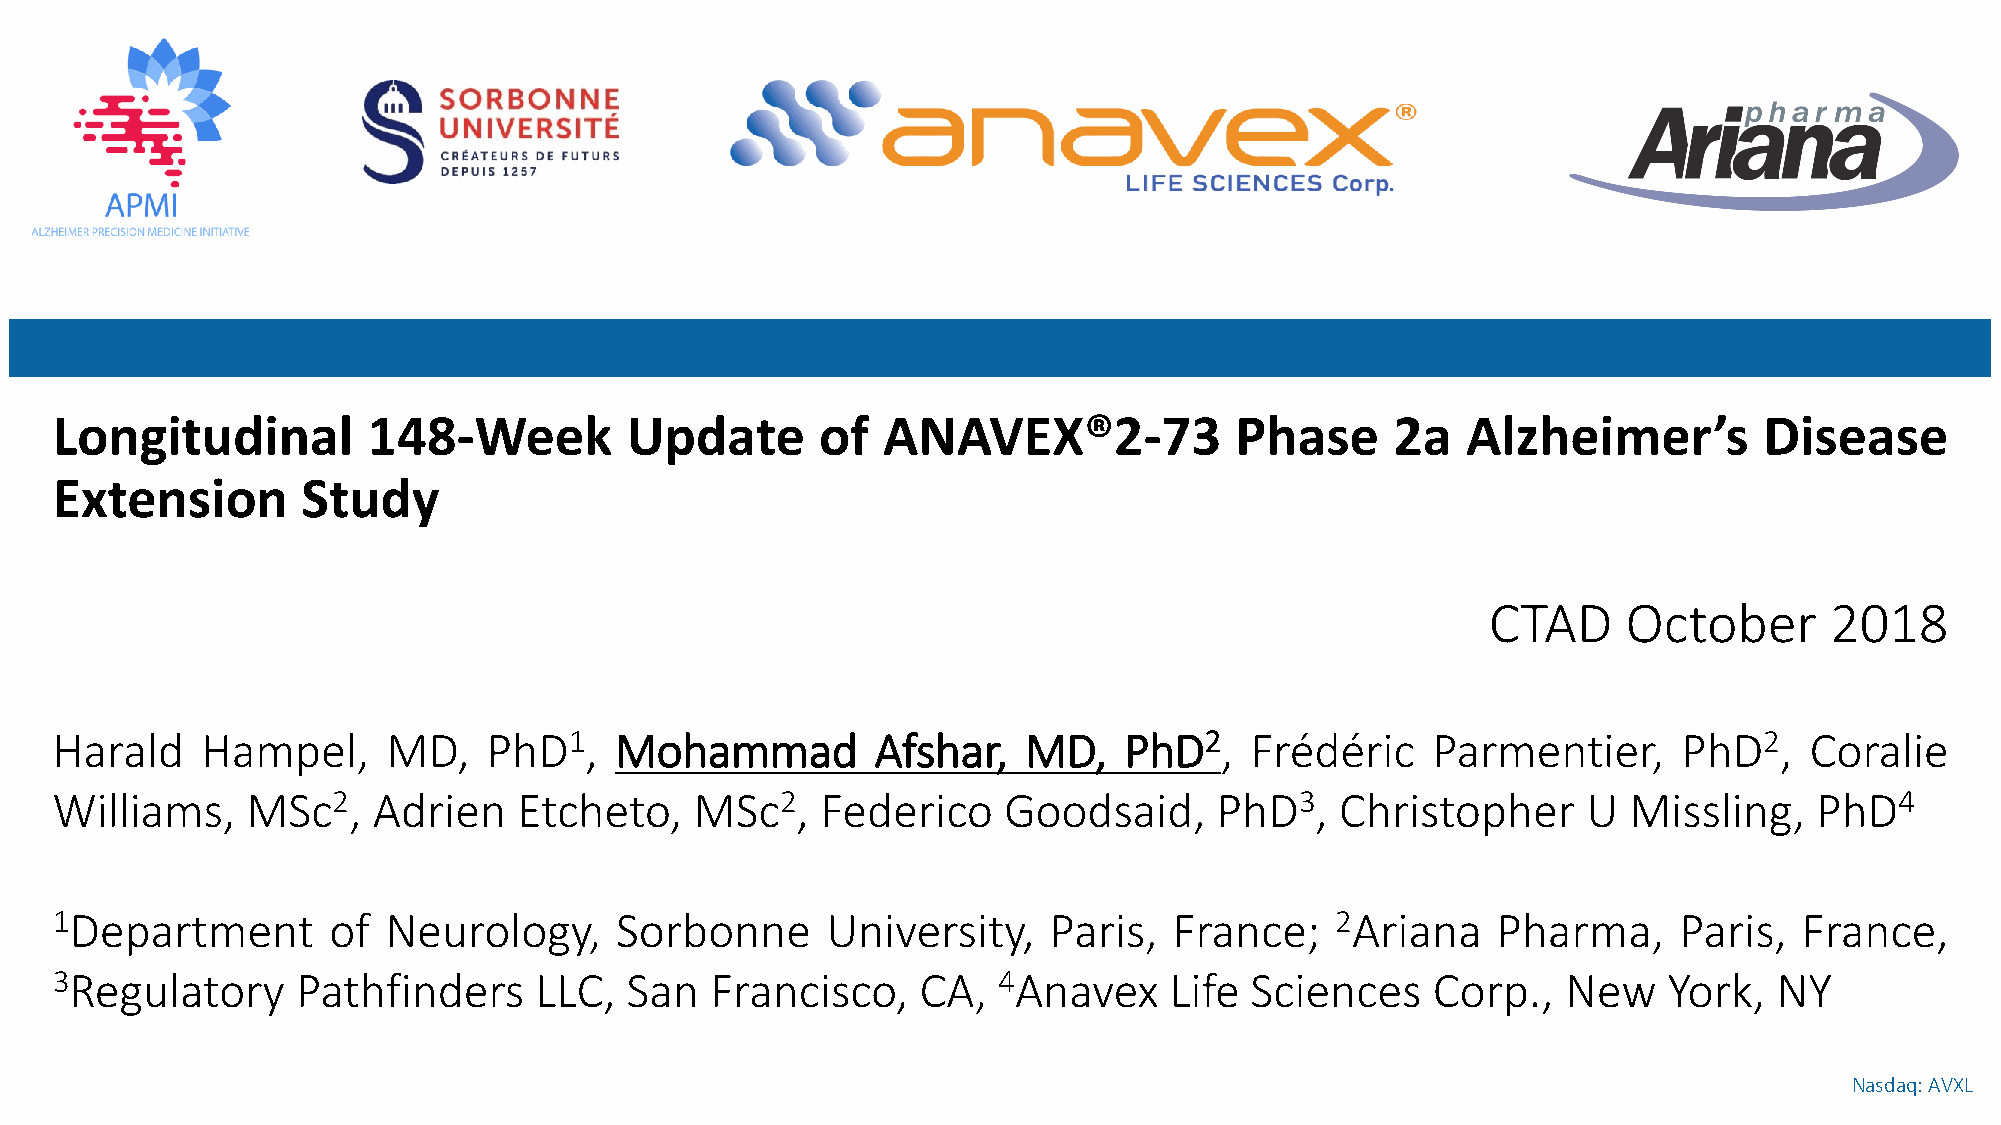
Longitudinal         148-Week         Update       of  ANAVEX®2-73             Phase     2a   Alzheimer’s         Disease
 Extension        Study
 CTAD     October      2018
 Harald    Hampel,      MD,   PhD1,    Mohammad         Afshar,   MD,   PhD2,    Frédéric    Parmentier,     PhD2,    Coralie
 Williams,    MSc2,    Adrien   Etcheto,    MSc2,   Federico    Goodsaid,      PhD3,   Christopher     U  Missling,   PhD4
 1Department        of Neurology,      Sorbonne      University,   Paris,   France;   2Ariana    Pharma,     Paris,  France,
 3Regulatory      Pathfinders    LLC,  San   Francisco,    CA,  4Anavex    Life  Sciences    Corp.,   New   York,   NY
 Nasdaq: AVXL